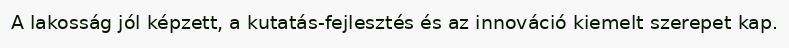
A lakosság jól képzett, a kutatás-fejlesztés és az innováció kiemelt szerepet kap.